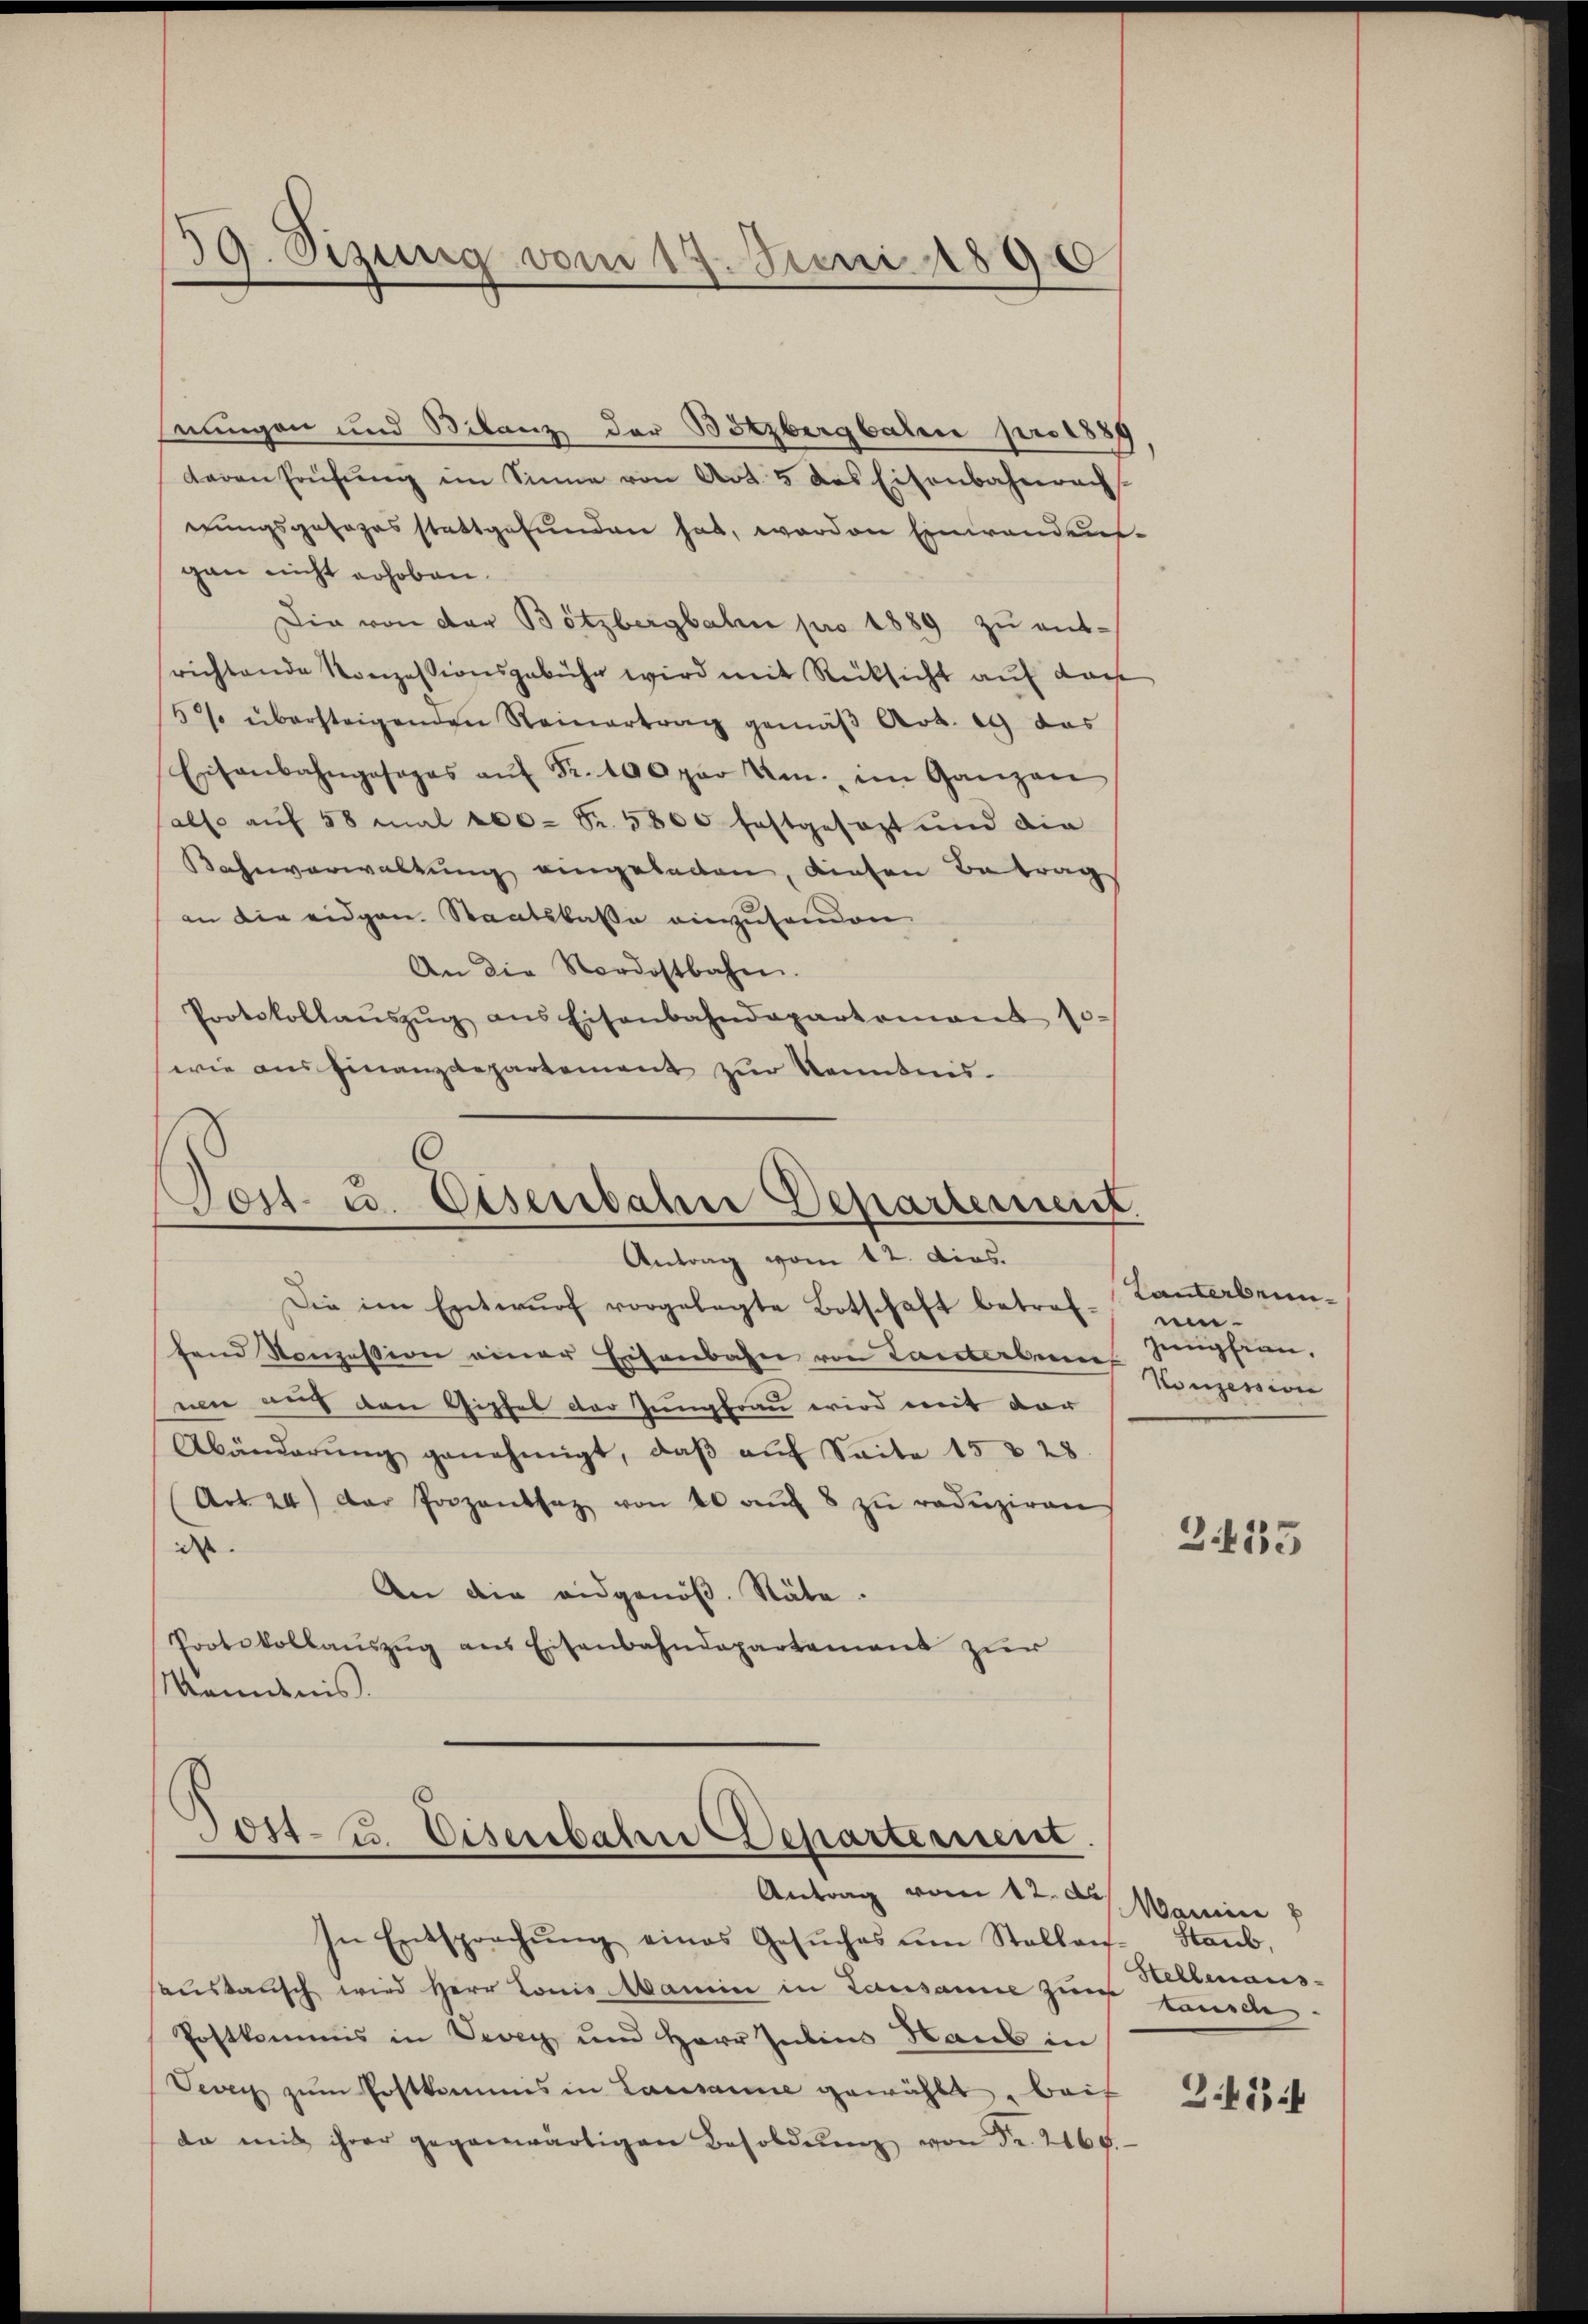
39. Sizung vom 17. Juni 1890

nungen und Bilanz der Bötzbergbale pro 1889
daren Prüfŭng im Sinne von Art. 5 des Eisenbahnerach
eungsgesezesstattgefŭnden hat, worden Einwandens-
gan nicht erhoben.
Die von der Bötzbergbahn pro 1889 zŭ entrichtende Konzessionsgebühr wird mit Rücksicht auf das
5% übersteigenden Seinertrag gemäβ Art. 29 das
Eisenbahngesages aŭf Fr. 100 par Um. im Ganzen
sals auf 58 mal 200 Fr. 5800 festgesezt und die
Bahnverwaltung eingehaben, diesen Betrags
an die eidgen. Staatskasse einzusenden
An die Nordostbahn.
Protokollaŭszŭg ans Eisenbahndepartement so-
wie ausfinanzdepartement zŭr Kenntnis-

Post- u. Eisenbahn Departement.
Antrag vom 12. dies.

Die im Entwŭrf vorgelegte Botschaft betref-
fend Konzession einer Eisenbahn von Tanterbun
nen auch den Gipfel der Jungfrau wird mit der
Abänderŭng genehmigt, daβ aŭf Saite 15 & 28
Art. 24) der Prozentsaz von 20 aŭf 8 zŭ reduziren
dss
An die eidgenöß. Stäte.
Protokollauszug aus Eisenbahndepartement zur
Kenntnis.

3044. Eiserbahn Departerient.
Antrag vom 12. d. Marie
In Entsprechŭng eines Gesŭches um Stallan-

austausch wird Herr Lonis Mancin in Lausanne zur tausche
Postkommis in Vevey und Herr Insins Haus in
Vevey zŭm Postkammes in Lausanne gewählt Baif 355 f
da mit ihrer gegenwärtigen Besoldung von Fr. 2165.

Lanterbrin
gung ein
Konzession

2435

Staub,
Stellenaus-